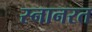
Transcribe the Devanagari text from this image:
स्नानरत